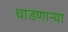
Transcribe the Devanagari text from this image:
धाडणार्‍या